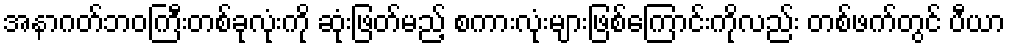
အနာဂတ်ဘဝကြီးတစ်ခုလုံးကို ဆုံးဖြတ်မည့် စကားလုံးများဖြစ်ကြောင်းကိုလည်း တစ်ဖက်တွင် ပီယာ